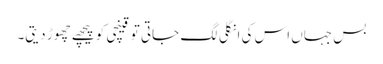
بس جہاں اس کی انگلی لگ جاتی تو قینچی کو پیچھے چھوڑ دیتی۔